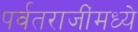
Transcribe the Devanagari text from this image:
पर्वतराजींमध्ये